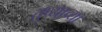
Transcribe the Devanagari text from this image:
तुप्याच्या